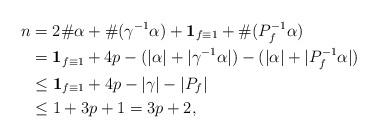
LaTeX: \begin{align*} n &=2\#\alpha + \#(\gamma^{-1}\alpha) + {\bf 1}_{f \equiv 1} + \#(P_f^{-1}\alpha)\\&= {\bf 1}_{f \equiv 1} + 4p-(|\alpha| + |\gamma^{-1}\alpha|) - (|\alpha| + |P_f^{-1}\alpha|)\\&\leq {\bf 1}_{f \equiv 1} + 4p - |\gamma| - |P_f|\\&\leq 1+3p+1 = 3p+2,\end{align*}